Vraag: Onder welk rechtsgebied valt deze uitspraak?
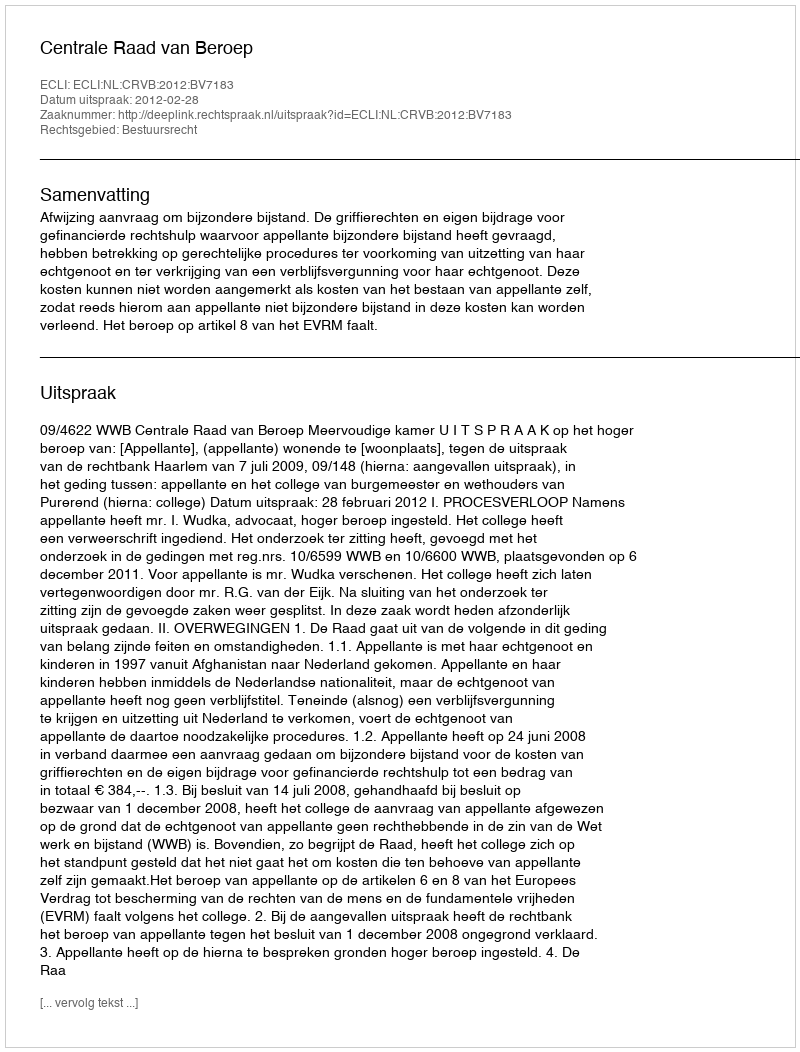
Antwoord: Bestuursrecht